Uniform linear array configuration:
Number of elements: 12
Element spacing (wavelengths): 0.75
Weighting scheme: hamming
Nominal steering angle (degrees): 15
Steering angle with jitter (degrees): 13.208
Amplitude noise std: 0.05
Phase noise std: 0.05

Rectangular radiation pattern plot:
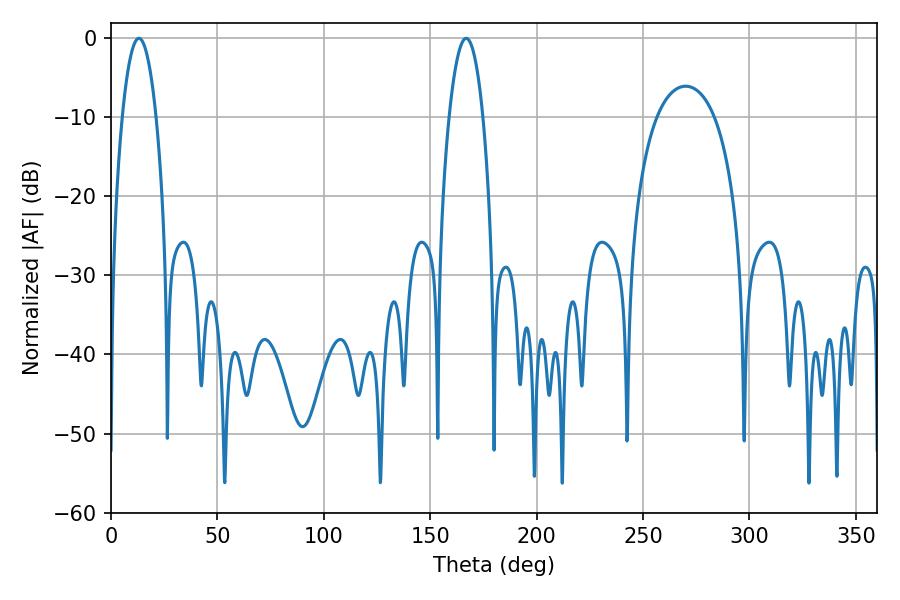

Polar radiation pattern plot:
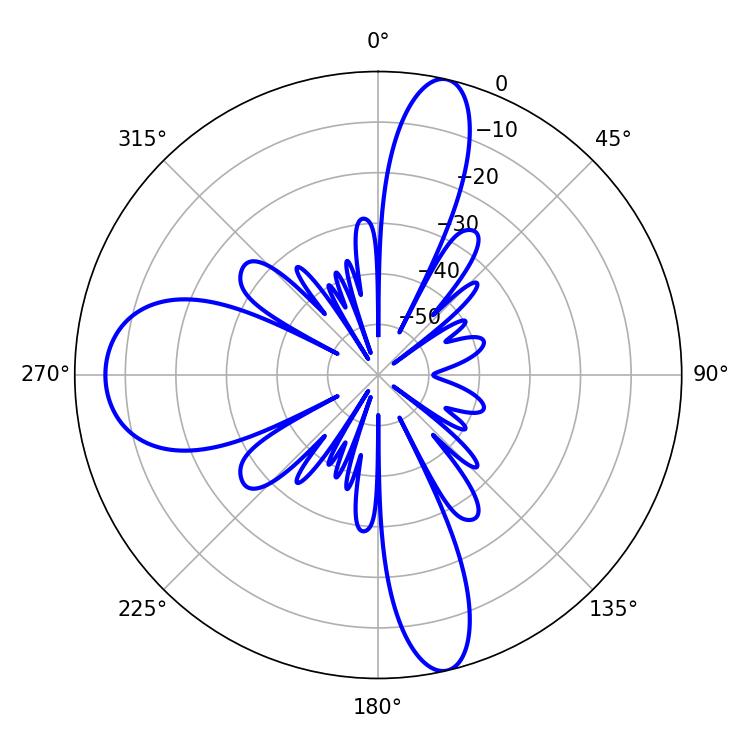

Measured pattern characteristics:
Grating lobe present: TRUE
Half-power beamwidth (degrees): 8.64
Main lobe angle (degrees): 13.14